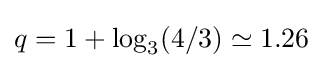
q=1+\log _{3}(4/3)\simeq 1.26